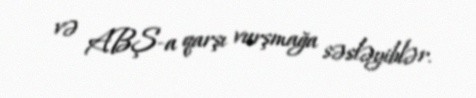
və ABŞ-a qarşı vurşmağa səsləyiblər.